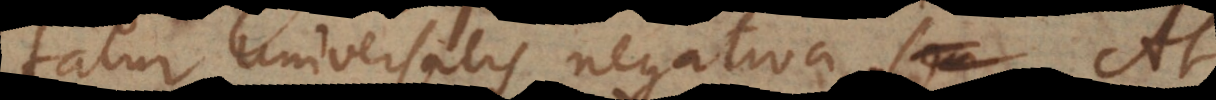
proprie universalis negativa est